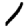
Digit: 1